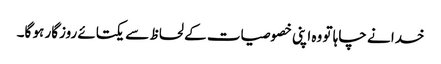
خدا نے چاہا تو وہ اپنی خصوصیات کے لحاظ سے یکتائے روزگار ہو گا۔